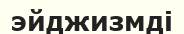
эйджизмді